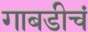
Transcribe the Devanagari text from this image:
गाबडीचं